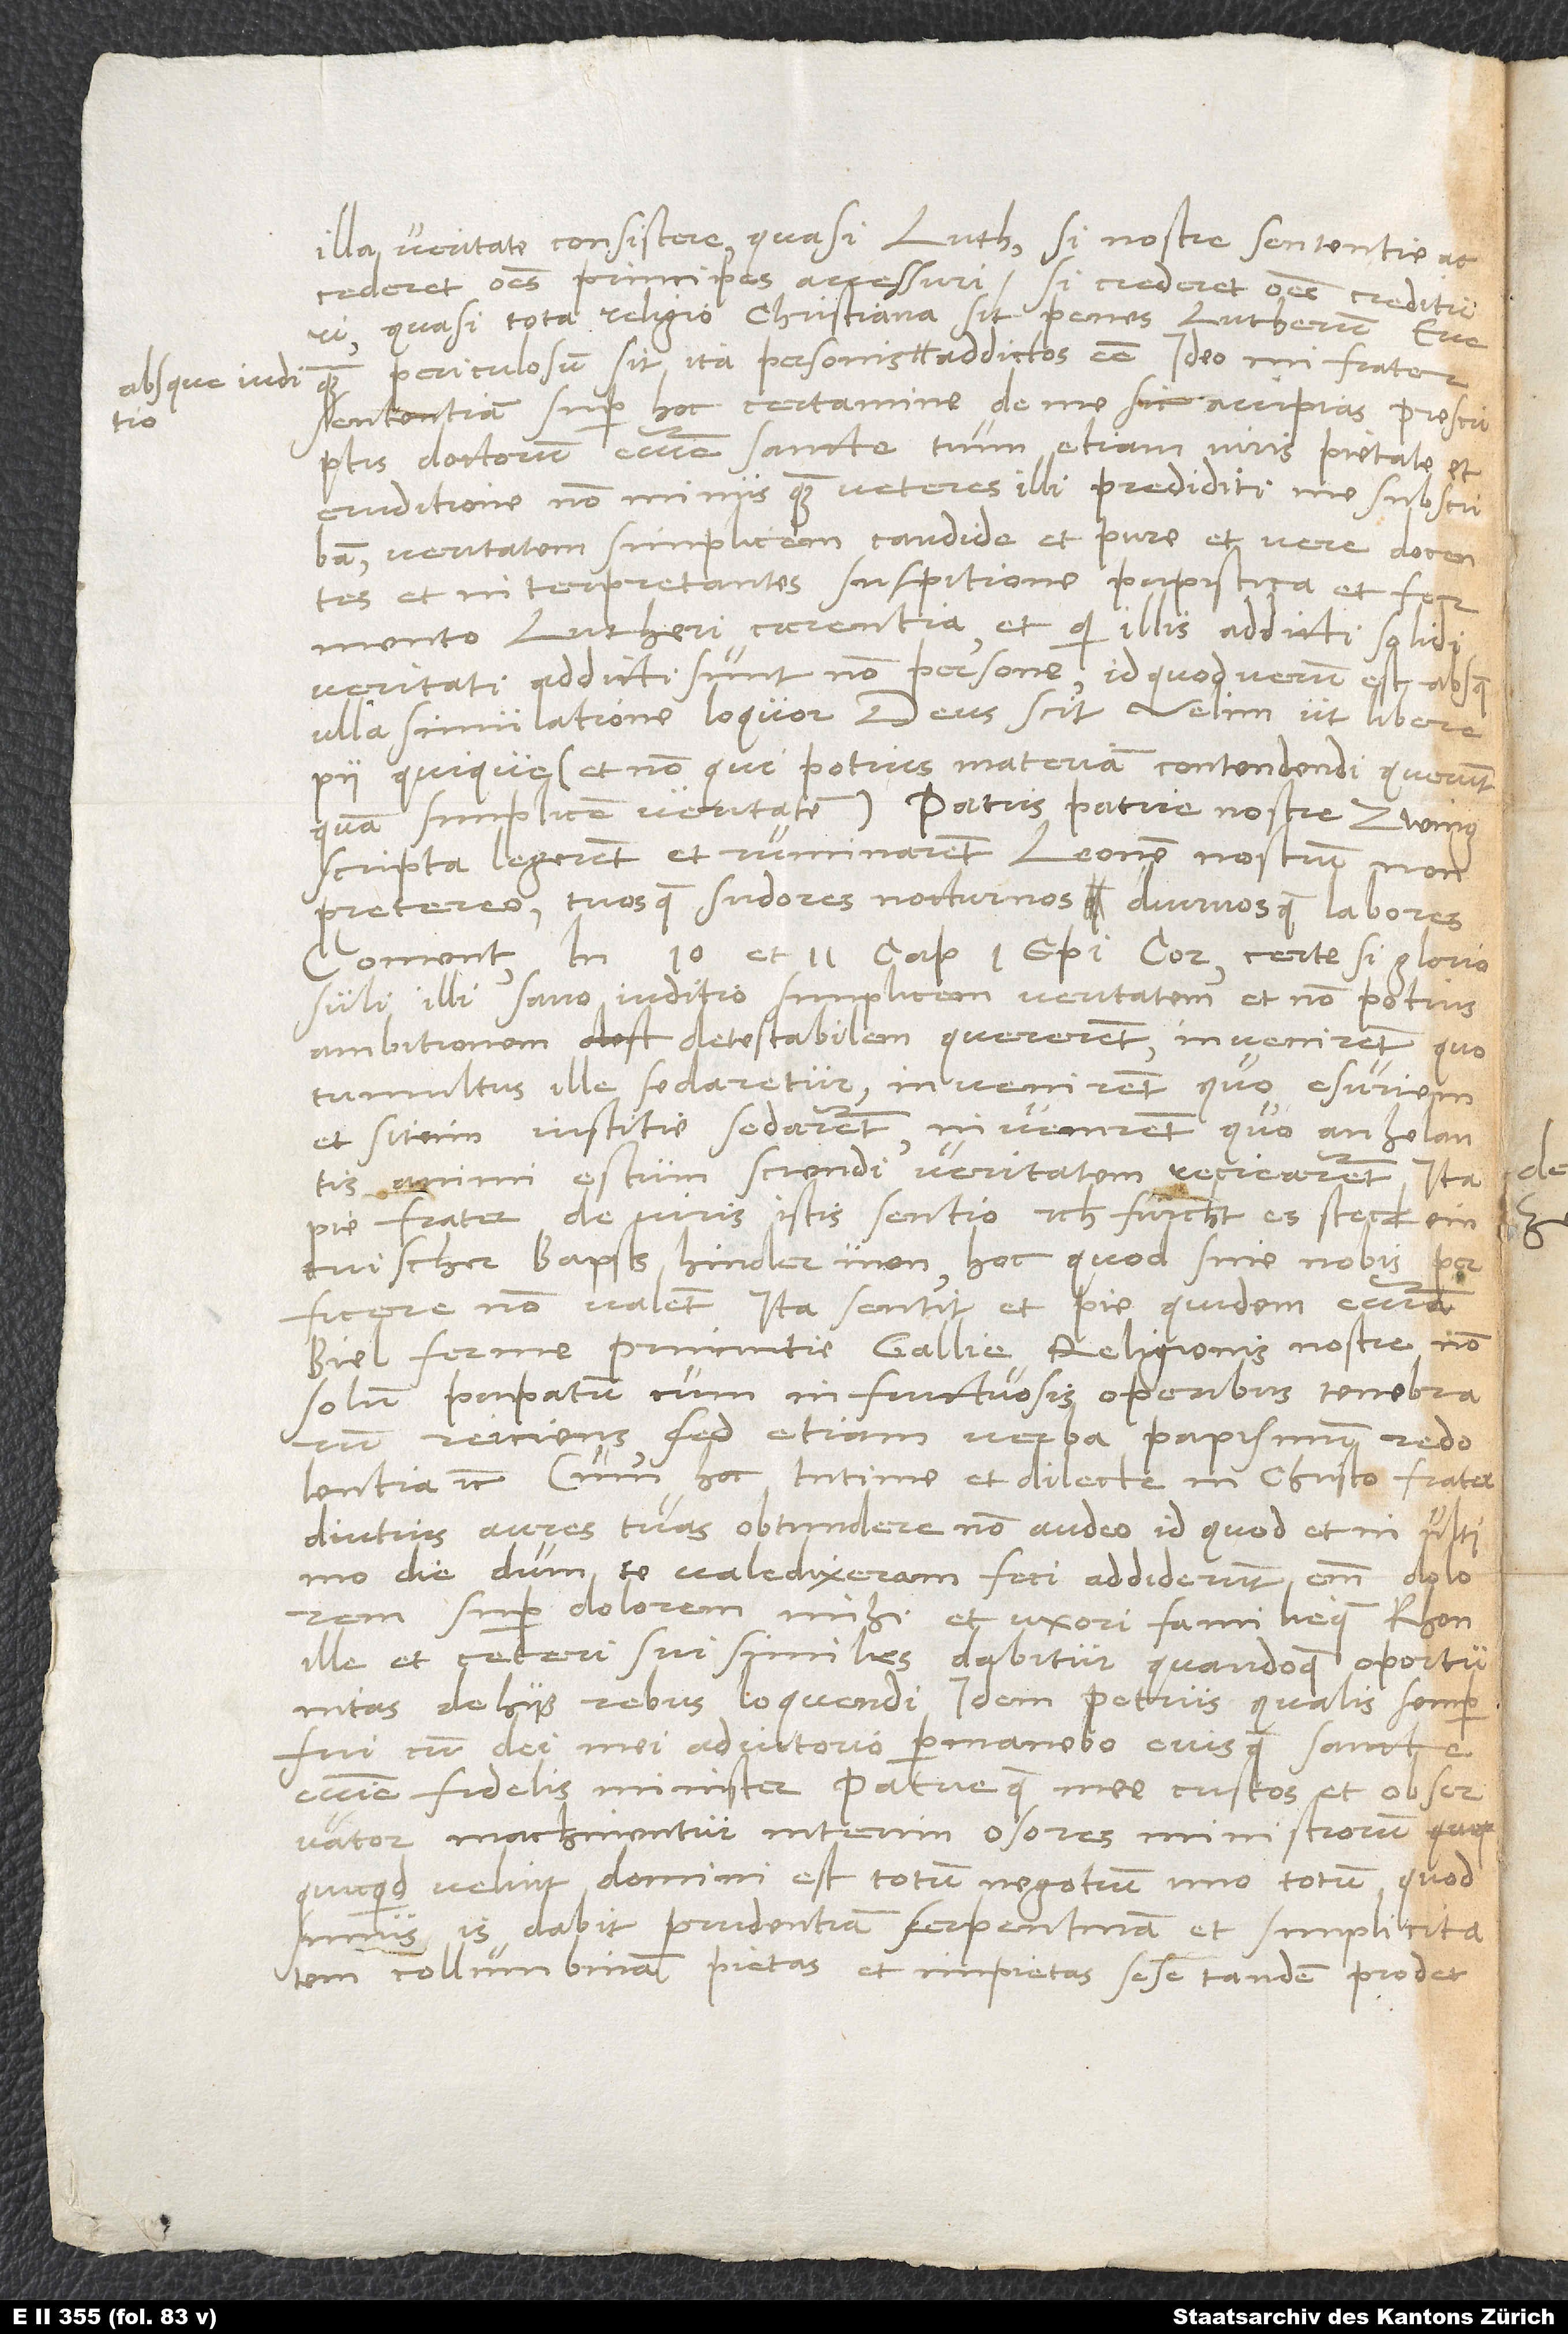
absque iuditio

illa veritate consistere, quasi Luthero, si nostre sententie
accederet, omnes principes accessuri, si crederet, omnes credituri,
quasi tota religio christiana sit penes Lutherum. Ecce
sententiam super hoc certamine de me sic accipias: Prescriptis
doctorum ecclesie sancte, tum etiam viris pietate et
eruditione non minus quam veteres illi preditis me subscribam,
veritatem simplicem candide et pure et vere docentibus
et interpretantibus suspitione papistica et fermento
Lutheri carentia, et qui illis addicti, solidi
veritati addicti sunt, non persone; id quod verum est, absque
ulla simulatione loquor, deus seit. Velim, ut libere
pii quique (et non qui potius materiam contendendi querunt
quam simplicem veritatem) patris patrie nostre Zwinglii
scripta legerent et ruminarent; Leonem nostrum non
pretereo, tuosque sudores nocturnos diurnosque labores
illi sano iuditio simplicem veritatem et non potius
ambitionem detestabilem quererent, invenirent, quo
tumultus ille sedaretur, invenirent, quo esuriem
et sitim iustitie sedarent, invenirent, quo anhelantis
animi estum sciendi veritatem recrearent. Ita,
pie frater, de viris istis sentio: Ich fürcht, es steck ein
tuischer bapsts hinder inen; hoc quod sine nobis perficere
non valent. Ita sentit, et pie quidem, ecclesia
Biel, ferme primitie Gallie religionis nostre, non
solum papatum cum infructuosis operibus tenebrarum
reiciens, sed etiam verba papismum redolentia
etc. Cum hoc, intime et dilecte in Christo frater,
diutius aures tuas obtundere non audeo; id quod et in ultimo
die, dum te valedixeram, feci; addiderunt enim dolorem
super dolorem mihi et uxori familieque Rhon
ille et ceteri sui similes. Dabitur quandoque oportunitas
de hiis rebus loquendi. Idem Petrus, qualis semper
fui, cum dei mei adiutorio permanebo eiusque sancte
ecclesie fidelis minister patrieque mee custos et observator.
Machinentur interim osores ministrorum,
quicquid velint. Domini est totum negotium, imo totum, quod
simus. Is dabit prudentiam serpentinam et simplicitatem
collumbinam. Pietas et impietas sese tandem prodet.